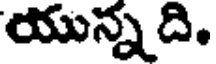
యున్న ది.